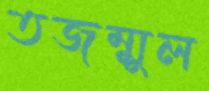
তজম্মুল